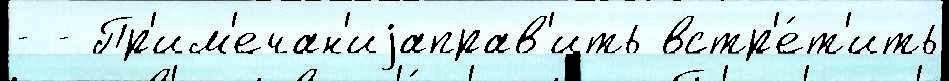
- - Пр'им'ечан'иjаправ'ить встр'е́т'ить